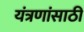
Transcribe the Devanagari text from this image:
यंत्रणांसाठी